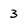
Character: 3